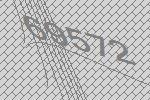
69572